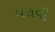
ધરાવી